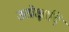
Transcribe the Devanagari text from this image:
उत्प्रेक्षादि